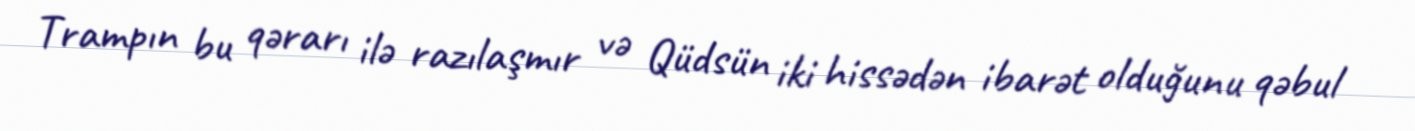
Trampın bu qərarı ilə razılaşmır və Qüdsün iki hissədən ibarət olduğunu qəbul